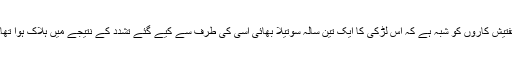
تفتیش کاروں کو شبہ ہے کہ اس لڑکی کا ایک تین سالہ سوتیلا بھائی اسی کی طرف سے کیے گئے تشدد کے نتیجے میں ہلاک ہوا تھا۔